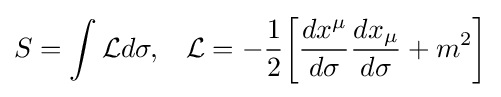
S=\int {\mathcal {L}}d\sigma ,\;\;\;{\mathcal {L}}=-{\frac {1}{2}}{\bigg [}{\frac {dx^{\mu }}{d\sigma }}{\frac {dx_{\mu }}{d\sigma }}+m^{2}{\bigg ]}